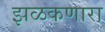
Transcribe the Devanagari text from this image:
झळकणारा